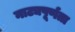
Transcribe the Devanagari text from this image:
नाट्यपूर्णता